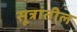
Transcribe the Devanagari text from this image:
सूत्रांतील